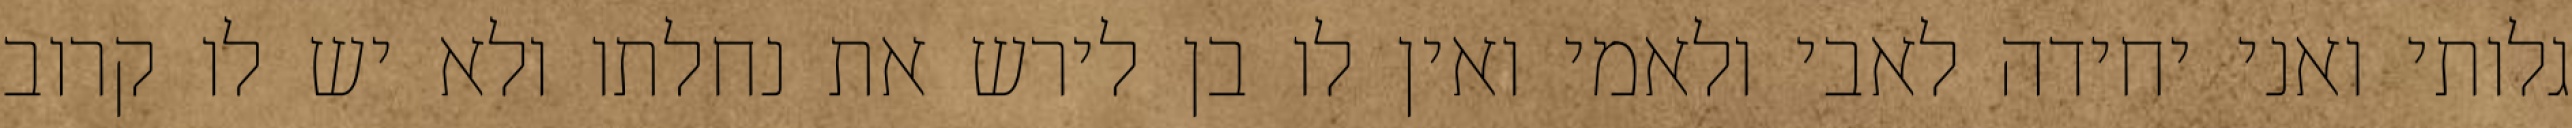
גלותי ואני יחידה לאבי ולאמי ואין לו בן לירש את נחלתו ולא יש לו קרוב